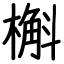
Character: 槲